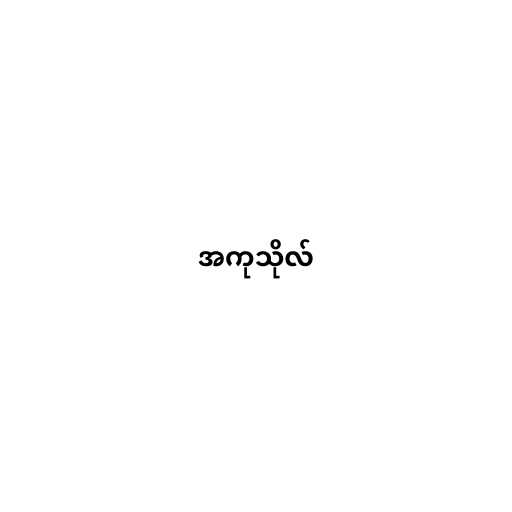
အကုသိုလ်